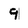
Character: 9